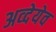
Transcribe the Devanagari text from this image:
अव्देयेव